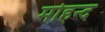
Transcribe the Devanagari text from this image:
मोहन्द